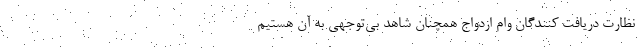
نظارت دریافت کنندگان وام ازدواج همچنان شاهد بی‌توجهی به آن هستیم